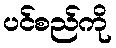
ပင်စည်ကို